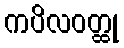
ကပိလဝတ္ထု